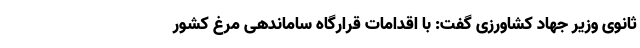
ثانوی وزیر جهاد کشاورزی گفت: با اقدامات قرارگاه ساماندهی مرغ کشور